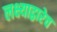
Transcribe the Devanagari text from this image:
लक्ष्याद्वारेच